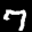
Label: 7